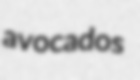
avocados